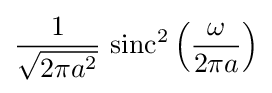
{\frac {1}{\sqrt {2\pi a^{2}}}}\,\operatorname {sinc} ^{2}\left({\frac {\omega }{2\pi a}}\right)